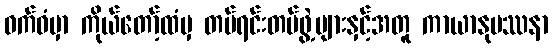
ဝက်ဝံမှာ ကိုယ်တော့်ထံမှ တပ်ရင်းတပ်ဖွဲ့များနှင့်အတူ ကာယာနုပဿနာ